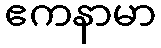
ဧကနာမာ